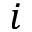
i